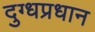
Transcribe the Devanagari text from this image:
दुग्धप्रधान